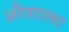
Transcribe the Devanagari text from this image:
औशाला